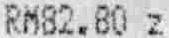
RM82.80 Z